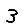
Digit: 3